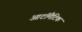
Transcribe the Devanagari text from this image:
आटॉमैटिक